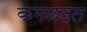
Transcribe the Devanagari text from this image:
कमळदल